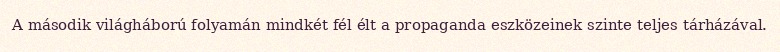
A második világháború folyamán mindkét fél élt a propaganda eszközeinek szinte teljes tárházával.